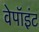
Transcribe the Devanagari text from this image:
वेपॉइंट